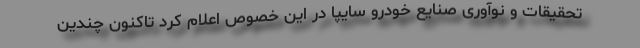
تحقیقات و نوآوری صنایع خودرو سایپا در این خصوص اعلام کرد تاکنون چندین